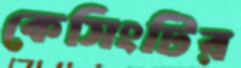
কেসিংটির